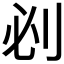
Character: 𠛡